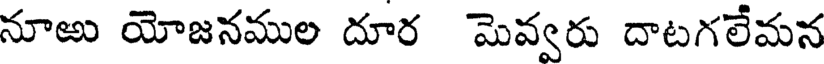
నూఱు యోజనముల దూర మెవ్వరు దాటగలేమన